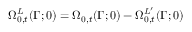
\Omega _ { 0 , t } ^ { L } ( \Gamma ; 0 ) = \Omega _ { 0 , t } ( \Gamma ; 0 ) - \Omega _ { 0 , t } ^ { L ^ { \prime } } ( \Gamma ; 0 )